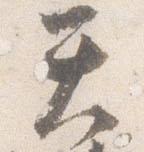
天